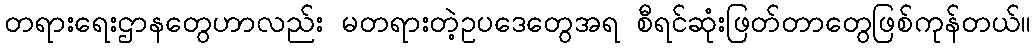
တရားရေးဌာနတွေဟာလည်း မတရားတဲ့ဥပဒေတွေအရ စီရင်ဆုံးဖြတ်တာတွေဖြစ်ကုန်တယ်။